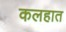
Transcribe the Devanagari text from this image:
कलहात